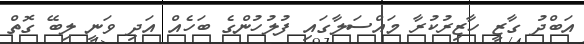
އަބްދު ގާޒީ ހާޒިރުކުރާ މައްސަލާގައި ފުލުހުންގެ ބަހެއް އަދި ވަނީ ލިބޭ ގޮތް